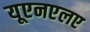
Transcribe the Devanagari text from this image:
यूएनएलए